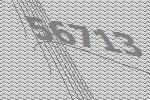
56713